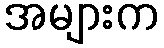
အများက